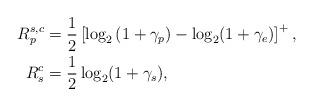
LaTeX: \begin{align*}R_p^{s,c}&=\frac{1}{2}\left[\log_2\left(1+\gamma_p\right)-\log_2(1+\gamma_e)\right]^+,\\R_s^c&=\frac{1}{2}\log_2(1+\gamma_s),\end{align*}